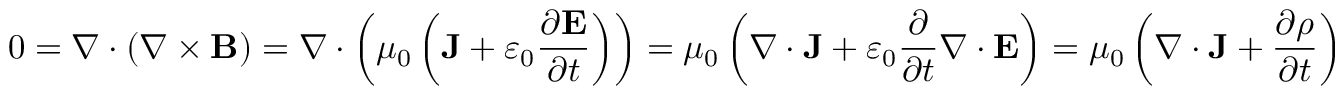
0 = \nabla \cdot ( \nabla \times \mathbf { B } ) = \nabla \cdot \left( \mu _ { 0 } \left( \mathbf { J } + \varepsilon _ { 0 } { \frac { \partial \mathbf { E } } { \partial t } } \right) \right) = \mu _ { 0 } \left( \nabla \cdot \mathbf { J } + \varepsilon _ { 0 } { \frac { \partial } { \partial t } } \nabla \cdot \mathbf { E } \right) = \mu _ { 0 } \left( \nabla \cdot \mathbf { J } + { \frac { \partial \rho } { \partial t } } \right)